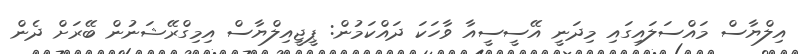
އިލްޔާސް މައްސަލައިގައި މިދަނީ އޭސީސީއާ ވާހަކަ ދައްކަމުން: ޕީޖީއިލްޔާސް އިމިގްރޭޝަނުން ބޭރަށް ދެން